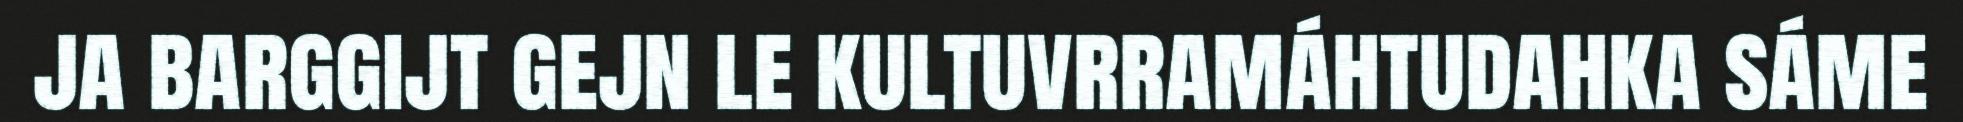
ja barggijt gejn le kultuvrramáhtudahka sáme